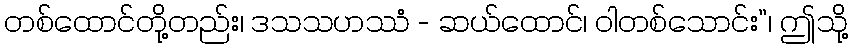
တစ်ထောင်တို့တည်း၊ ဒသသဟဿံ - ဆယ်ထောင်၊ ဝါတစ်သောင်း”၊ ဤသို့